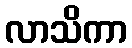
လာသိကာ